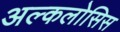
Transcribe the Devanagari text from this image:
अल्कलोसिस